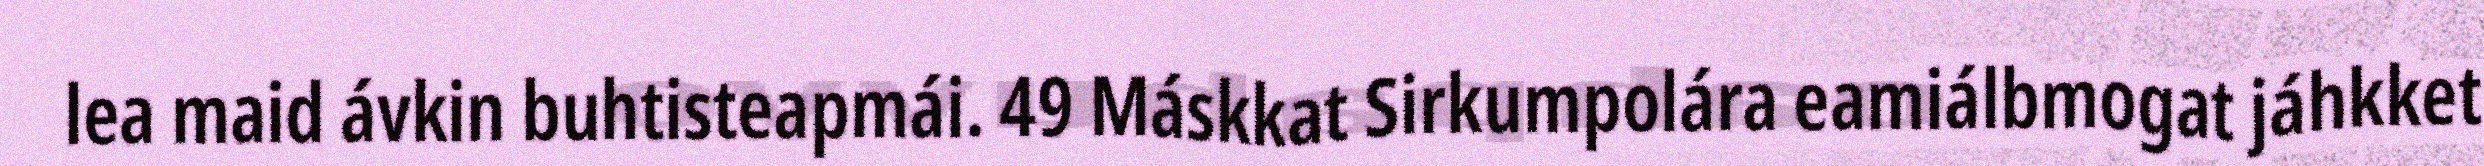
lea maid ávkin buhtisteapmái. 49 Máskkat Sirkumpolára eamiálbmogat jáhkket